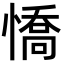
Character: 憍